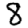
Digit: 8